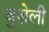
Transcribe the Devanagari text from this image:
बुज़ेली